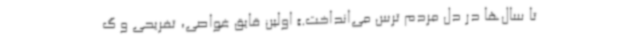
تا سال‌ها در دل مردم ترس می‌انداخت.» اولین قایق غواصی، تفریحی و گ